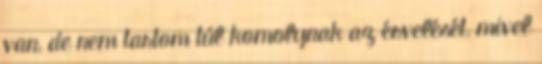
van, de nem tartom túl komolynak az érvelését, mivel